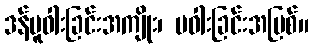
ဒန်ပူဝါးခြင်းအကျိုး၊ မဝါးခြင်းအပြစ်။